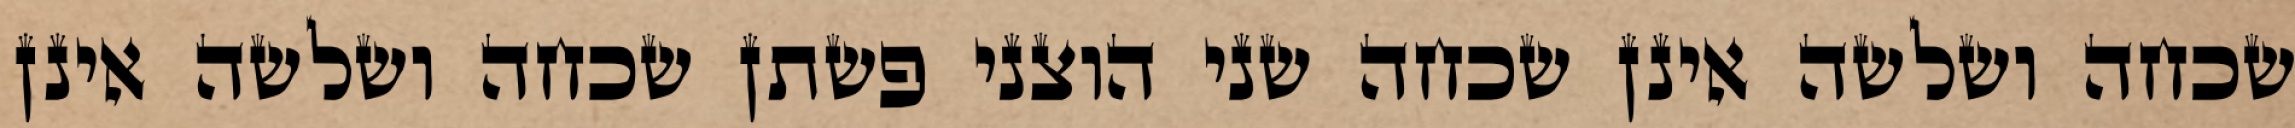
שכחה ושלשה אינן שכחה שני הוצני פשתן שכחה ושלשה אינן